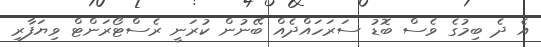
އެ ދެ ބިމުގެ ވެސް ބޮޑު ސަރަހައްދެއް ބޭނުން ކުރަނީ ރެސްޓޯރަންޓް ވިޔަފާރި